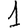
Digit: 1